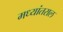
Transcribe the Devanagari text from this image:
मध्यांतराल